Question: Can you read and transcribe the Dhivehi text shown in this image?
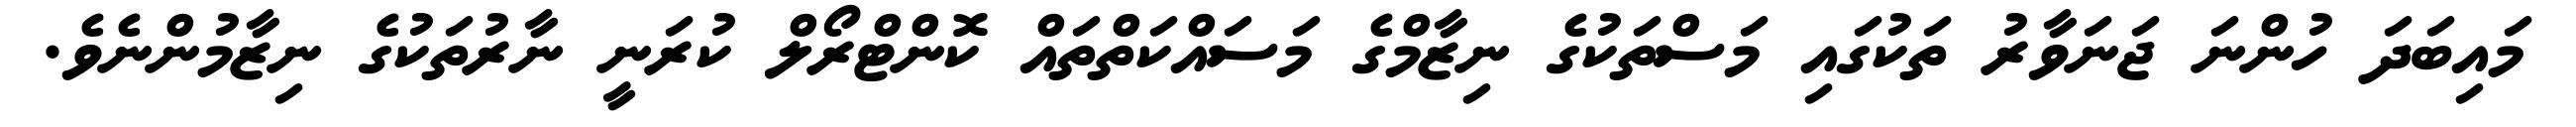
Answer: މައިބަދަ ހުންނަ ޖަނަވާރު ތަކުގައި މަސްތަކުގެ ނިޒާމްގެ މަސައްކަތްތައް ކޮންޓްރޯލް ކުރަނީ ނާރުތަކުގެ ނިޒާމުންނެވެ.